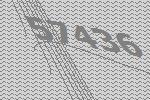
57436